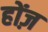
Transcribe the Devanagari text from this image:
होंज़